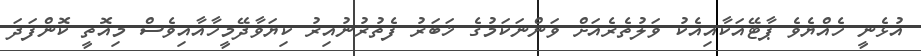
އުޅެނީ ހެއްޔެވެ ޕާޓޭއަކާއިއެކު ވަލުތެރެއަށް ވަންނަކަމުގެ ޚަބަރު ފެތުރުނުއިރު ކިޔަވާދޭމީހާއާއިވެސް މިއޮތީ ކޮންފަދަ